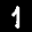
Label: 1